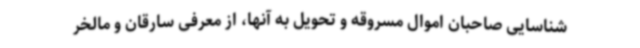
شناسایی صاحبان اموال مسروقه و تحویل به آنها، از معرفی سارقان و مالخر